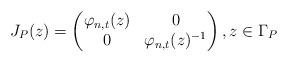
LaTeX: \begin{align*}J_P(z) = \begin{pmatrix}\varphi_{n,t}(z) & 0 \\0 & \varphi_{n,t}(z)^{-1}\end{pmatrix},z \in \Gamma_P\end{align*}